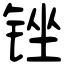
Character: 锉